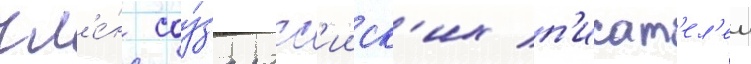
чл'е́н соу́за росс'ииск'их п'исат'ел'еи